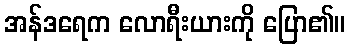
အန်ဒရေက လောရီးယားကို ပြော၏။